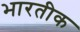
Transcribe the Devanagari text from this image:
भारतीक